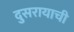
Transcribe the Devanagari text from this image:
दुसरायाची